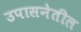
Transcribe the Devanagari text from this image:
उपासनेतील